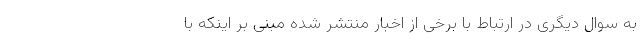
به سوال دیگری در ارتباط با برخی از اخبار منتشر شده مبنی بر اینکه با